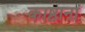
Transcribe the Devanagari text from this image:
काष्ठानां